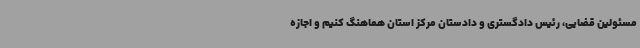
مسئولین قضایی، رئیس دادگستری و دادستان مرکز استان هماهنگ کنیم و اجازه